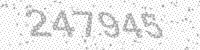
Solution: 247945